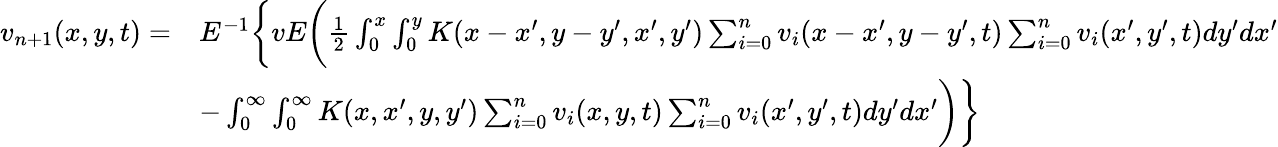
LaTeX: \begin{array}{rl}{v_{n+1}(x,y,t)=}&{E^{-1}\bigg\{ vE\bigg(\frac{1}{2}\int_{0}^{x}\int_{0}^{y}K(x-x^{\prime},y-y^{\prime},x^{\prime},y^{\prime})\sum_{i=0}^{n}v_{i}(x-x^{\prime},y-y^{\prime},t)\sum_{i=0}^{n}v_{i}(x^{\prime},y^{\prime},t)dy^{\prime}dx^{\prime}}\\ &{-\int_{0}^{\infty}\int_{0}^{\infty}K(x,x^{\prime},y,y^{\prime})\sum_{i=0}^{n}v_{i}(x,y,t)\sum_{i=0}^{n}v_{i}(x^{\prime},y^{\prime},t)dy^{\prime}dx^{\prime}\bigg)\bigg\} }\end{array}